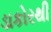
ડાકોરથી